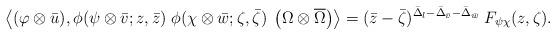
LaTeX: \begin{align*}\left\langle (\varphi\otimes\bar{u}),\phi(\psi\otimes\bar{v}; z,\bar{z})\;\phi(\chi\otimes\bar{w}; \zeta,\bar{\zeta})\;\left(\Omega \otimes \overline{\Omega}\right) \right\rangle =(\bar{z} - \bar{\zeta}) ^{\bar{\Delta}_{l} - \bar{\Delta}_{\bar{v}} -\bar{\Delta}_{\bar{w}}} \; F_{\psi \chi}(z,\zeta).\end{align*}